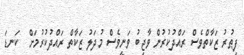
ފިޠުރު ޒަކާތްވެސް ރައްދުކުރުން ވާޖިބު ވަނީވެސް މުދަލު ޒަކާތް ރައްދުކުރުމަށް  ކަނޑަ